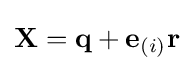
\mathbf {X} =\mathbf {q} +\mathbf {e} _{(i)}\mathbf {r}